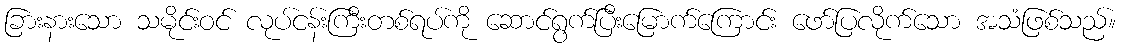
ခြားနားသော သမိုင်းဝင် လုပ်ငန်းကြီးတစ်ရပ်ကို ဆောင်ရွက်ပြီးမြောက်ကြောင်း ဖော်ပြလိုက်သော အသံဖြစ်သည်။